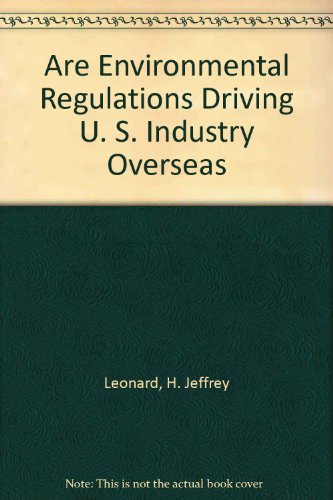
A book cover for Are Environmental Regulations Driving U. S. Industry Overseas; H. Jeffrey Leonard; Law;